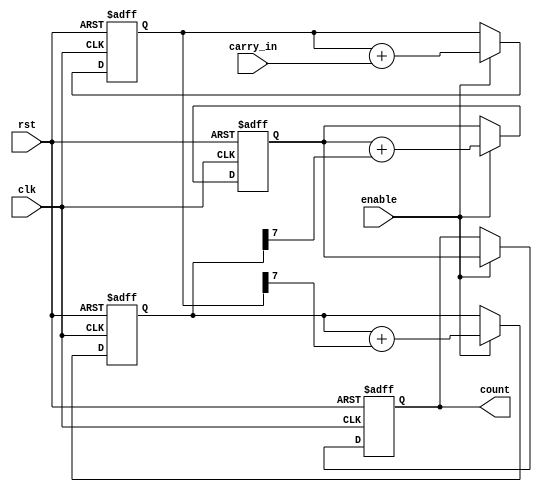
module cascaded_counter(
    input clk,
    input rst,
    input enable,
    input carry_in,
    output reg [7:0] count
);

reg [7:0] count_block1, count_block2, count_block3;

always @(posedge clk or posedge rst) begin
    if (rst) begin
        count_block1 <= 8'b00000000;
        count_block2 <= 8'b00000000;
        count_block3 <= 8'b00000000;
        count <= 8'b00000000;
    end else if (enable) begin
        count_block1 <= count_block1 + carry_in;
        count_block2 <= count_block2 + (count_block1[7]);
        count_block3 <= count_block3 + (count_block2[7]);
        count <= count_block3;
    end
end

endmodule